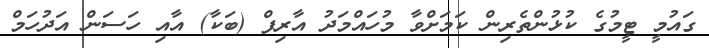
ގައުމީ ޓީމުގެ ކުޅުންތެރިން ކަމަށްވާ މުހައްމަދު އާރިފް (ބަކާ) އާއި ހަސަން އަދުހަމް